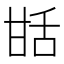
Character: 甛